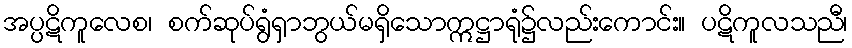
အပ္ပဋိကူလေစ၊ စက်ဆုပ်ရွံရှာဘွယ်မရှိသောဣဋ္ဌာရုံ၌လည်းကောင်း။ ပဋိကူလသညီ၊